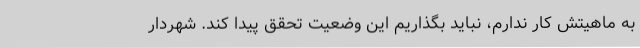
به ماهیتش کار ندارم، نباید بگذاریم این وضعیت تحقق پیدا کند. شهردار